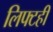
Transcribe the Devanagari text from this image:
लिफ्टही